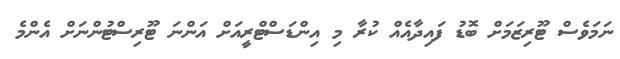
ނަމަވެސް ޓޫރިޒަމަށް ބޮޑު ފައިދާއެއް ކުރާ މި އިންޑަސްޓްރީއަށް އަންނަ ޓޫރިސްޓުންނަށް އެންމެ